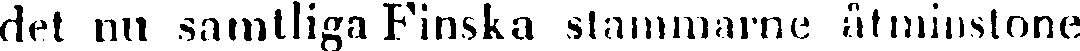
det nu samtliga Finska stammarne åtminstone